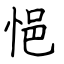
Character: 悒